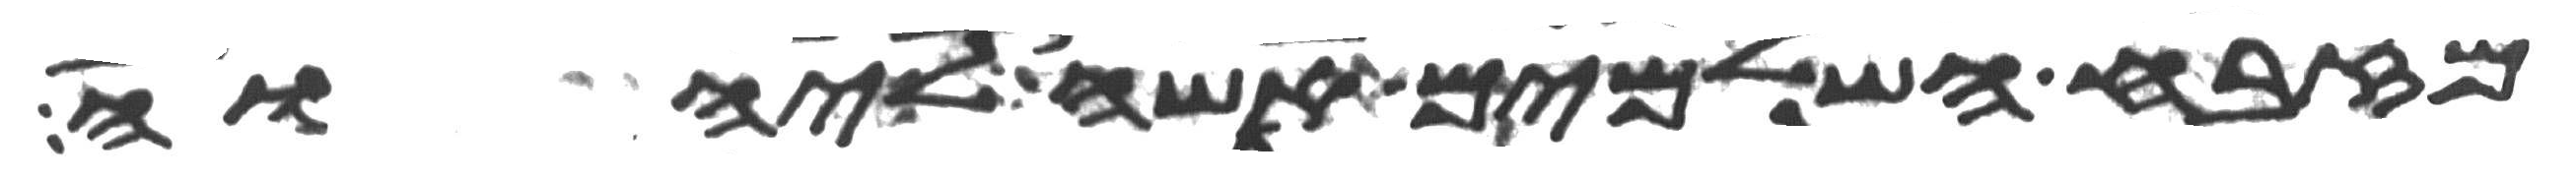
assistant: מזבח השלמים אשה ליהוה